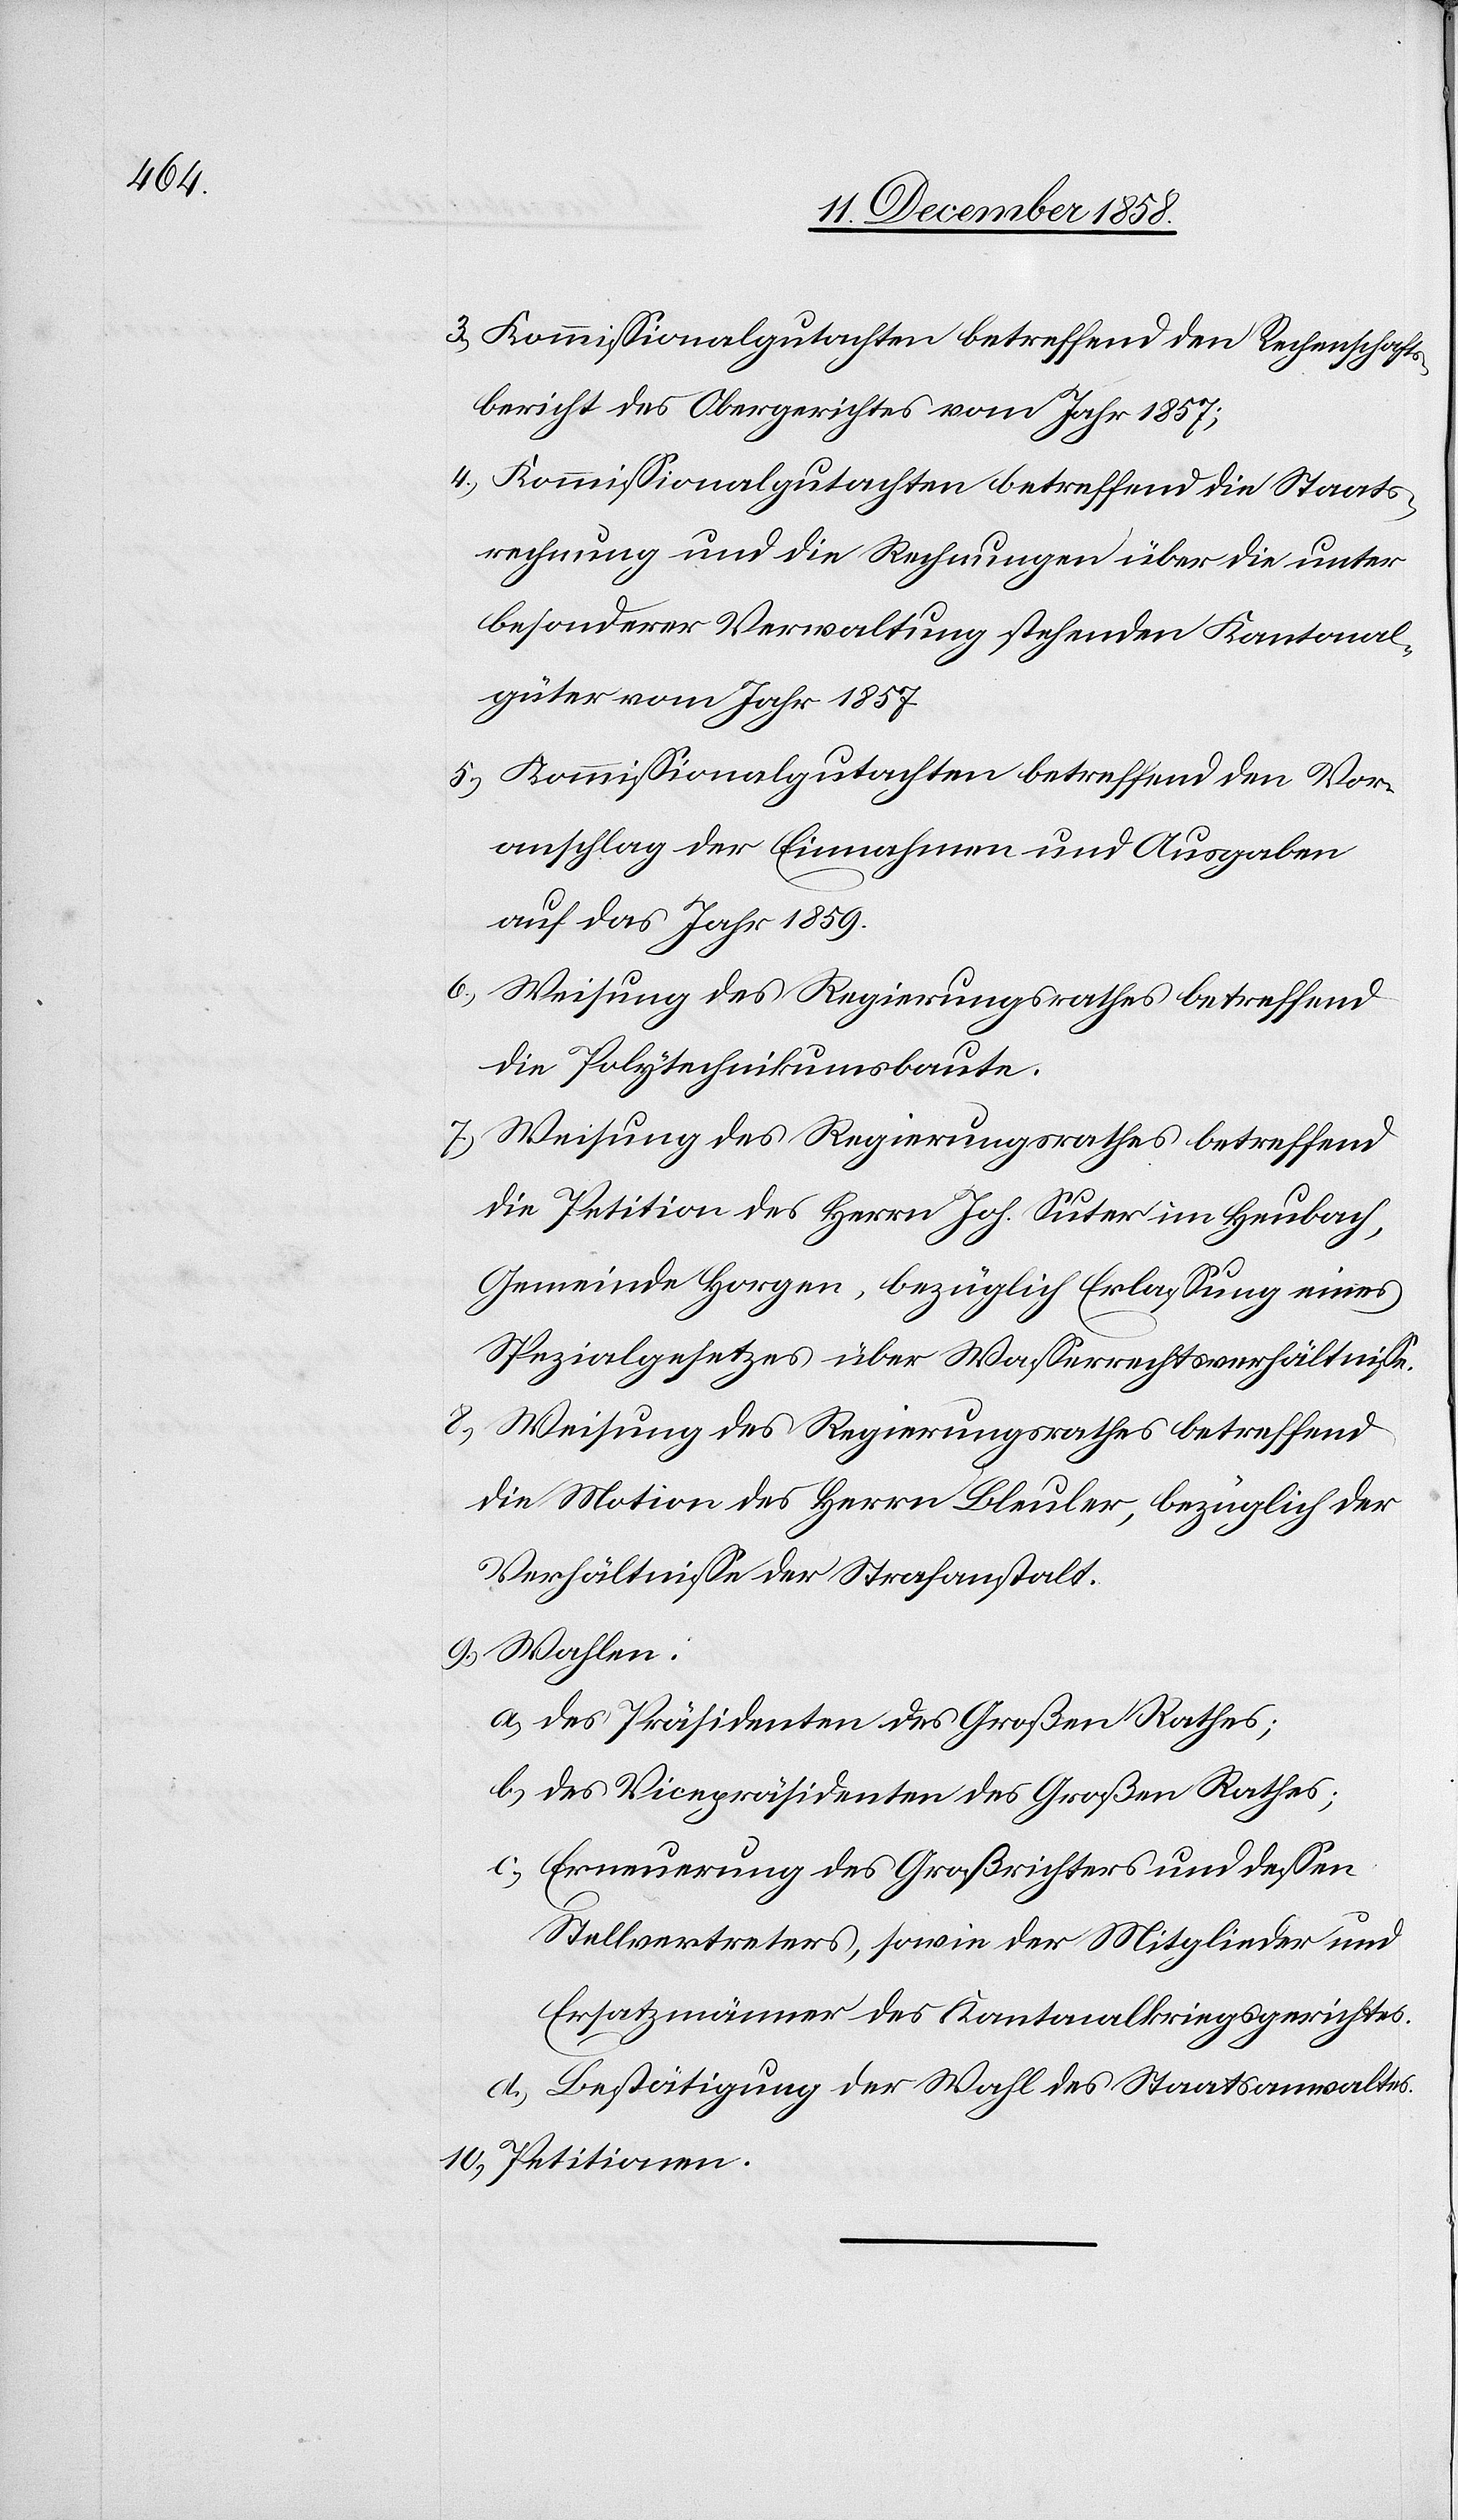
Kommissionalgutachten betreffend den Rechenschafts¬
bericht des Obergerichtes vom Jahr 1857;
Kommissionalgutachten betreffend die Staats¬
rechnung und die Rechnungen über die unter
besonderer Verwaltung stehenden Kantonal¬
güter vom Jahr 1857
Kommissionalgutachten betreffend den Vor¬
anschlag der Einnahmen und Ausgaben
auf das Jahr 1859.
Weisung des Regierungsrathes betreffend
die Polytechnikumsbaute.
Weisung des Regierungsrathes betreffend
die Petition des Herrn Joh. Suter im Heubach,
Gemeinde Horgen, bezüglich Erlassung eines
Spezialgesetzes über Wasserrechtsverhältnisse.
die Motion des Herrn Bleuler, bezüglich der
Verhältnisse der Strafanstalt.
des Präsidenten des Großen Rathes;
des Vicepräsidenten des Großen Rathes;
Erneuerung des Großrichters und dessen
Stellvertreters, sowie der Mitglieder und
Ersatzmänner des Kantonalkriegsgerichtes.
Bestätigung der Wahl des Staatsanwaltes.
Petitionen.